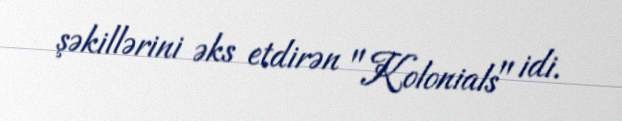
şəkillərini əks etdirən "Kolonials" idi.